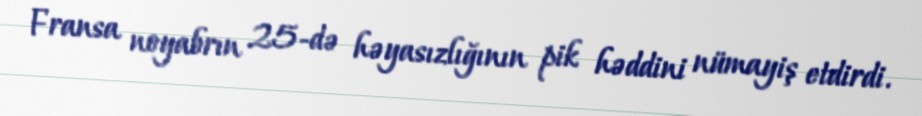
Fransa noyabrın 25-də həyasızlığının pik həddini nümayiş etdirdi.